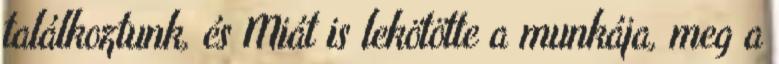
találkoztunk, és Miát is lekötötte a munkája, meg a